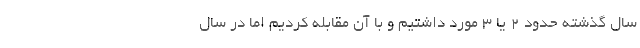
سال گذشته حدود ۲ یا ۳ مورد داشتیم و با آن مقابله کردیم اما در سال